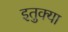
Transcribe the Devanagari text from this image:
इतुक्या